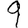
Digit: 9